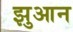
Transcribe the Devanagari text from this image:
झुआन